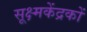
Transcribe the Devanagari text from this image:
सूक्ष्मकेंद्रकों